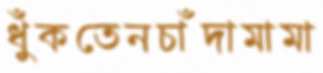
ধুঁকতেনচাঁদামামা